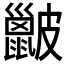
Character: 𥀰